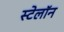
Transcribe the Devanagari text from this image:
स्टेलॉन